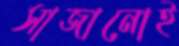
সাজানোই